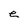
Character: e